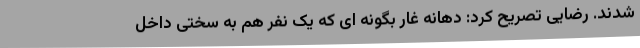
شدند. رضایی تصریح کرد: دهانه غار بگونه ای که یک نفر هم به سختی داخل